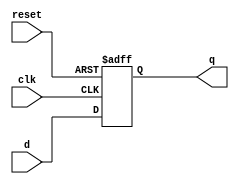
module register (
    input wire clk,          // Clock input
    input wire reset,        // Asynchronous reset
    input wire [3:0] d,     // 4-bit data input
    output reg [3:0] q      // 4-bit data output
);

// Always block sensitive to the rising edge of the clock or the reset
always @(posedge clk or posedge reset) begin
    if (reset) begin
        // Asynchronous reset: set output to 0
        q <= 4'b0000;
    end else begin
        // Non-blocking assignment: update output with input data
        q <= d;
    end
end

endmodule